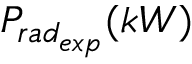
P _ { r a d _ { e x p } } ( k W )